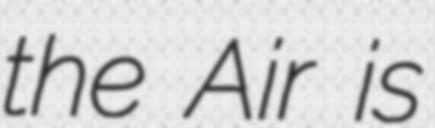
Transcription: the Air is